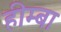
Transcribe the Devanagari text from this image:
हीम्बा